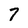
Character: 7